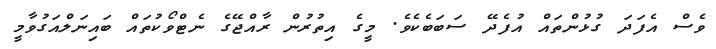
ވެސް އެފަދަ ގުޅުންތައް އުފެދޭ ސަބަބެކެވެ. މީގެ އިތުރުން ރާއްޖޭގެ ނެޓްވޯކުތައް ބައިނަލްއަގުވާމީ